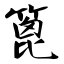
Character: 篦